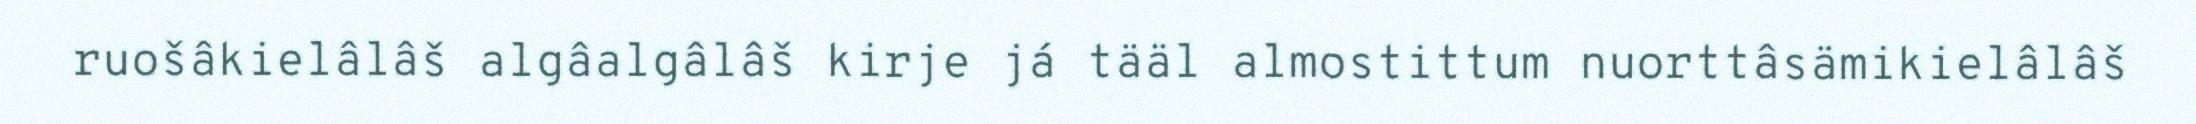
ruošâkielâlâš algâalgâlâš kirje já tääl almostittum nuorttâsämikielâlâš